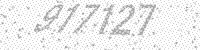
Solution: 917127